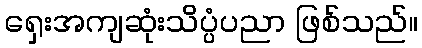
ရှေးအကျဆုံးသိပ္ပံပညာ ဖြစ်သည်။